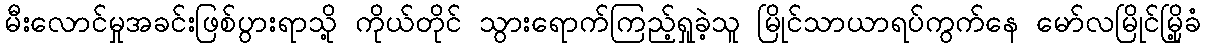
မီးလောင်မှုအခင်းဖြစ်ပွားရာသို့ ကိုယ်တိုင် သွားရောက်ကြည့်ရှုခဲ့သူ မြိုင်သာယာရပ်ကွက်နေ မော်လမြိုင်မြို့ခံ